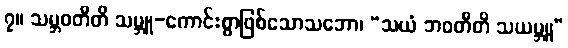
၇။ သမ္ဘဝတီတိ သမ္ဘူ-ကောင်းစွာဖြစ်သောသဘော၊ “သယံ ဘဝတီတိ သယမ္ဘူ”